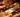
شئ